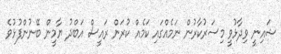
ޝައިނީ ވިދާޅުވީ މިސަރުކާރުން ނަމެއްގައި ކަމެއް ކުރަން ރައީސް އަބްދު ޔާމީން ބޭނުންފުޅުވެ